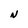
Character: N